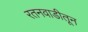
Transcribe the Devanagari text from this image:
रतनवाडीतून